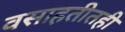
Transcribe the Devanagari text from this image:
वसाहतीतही